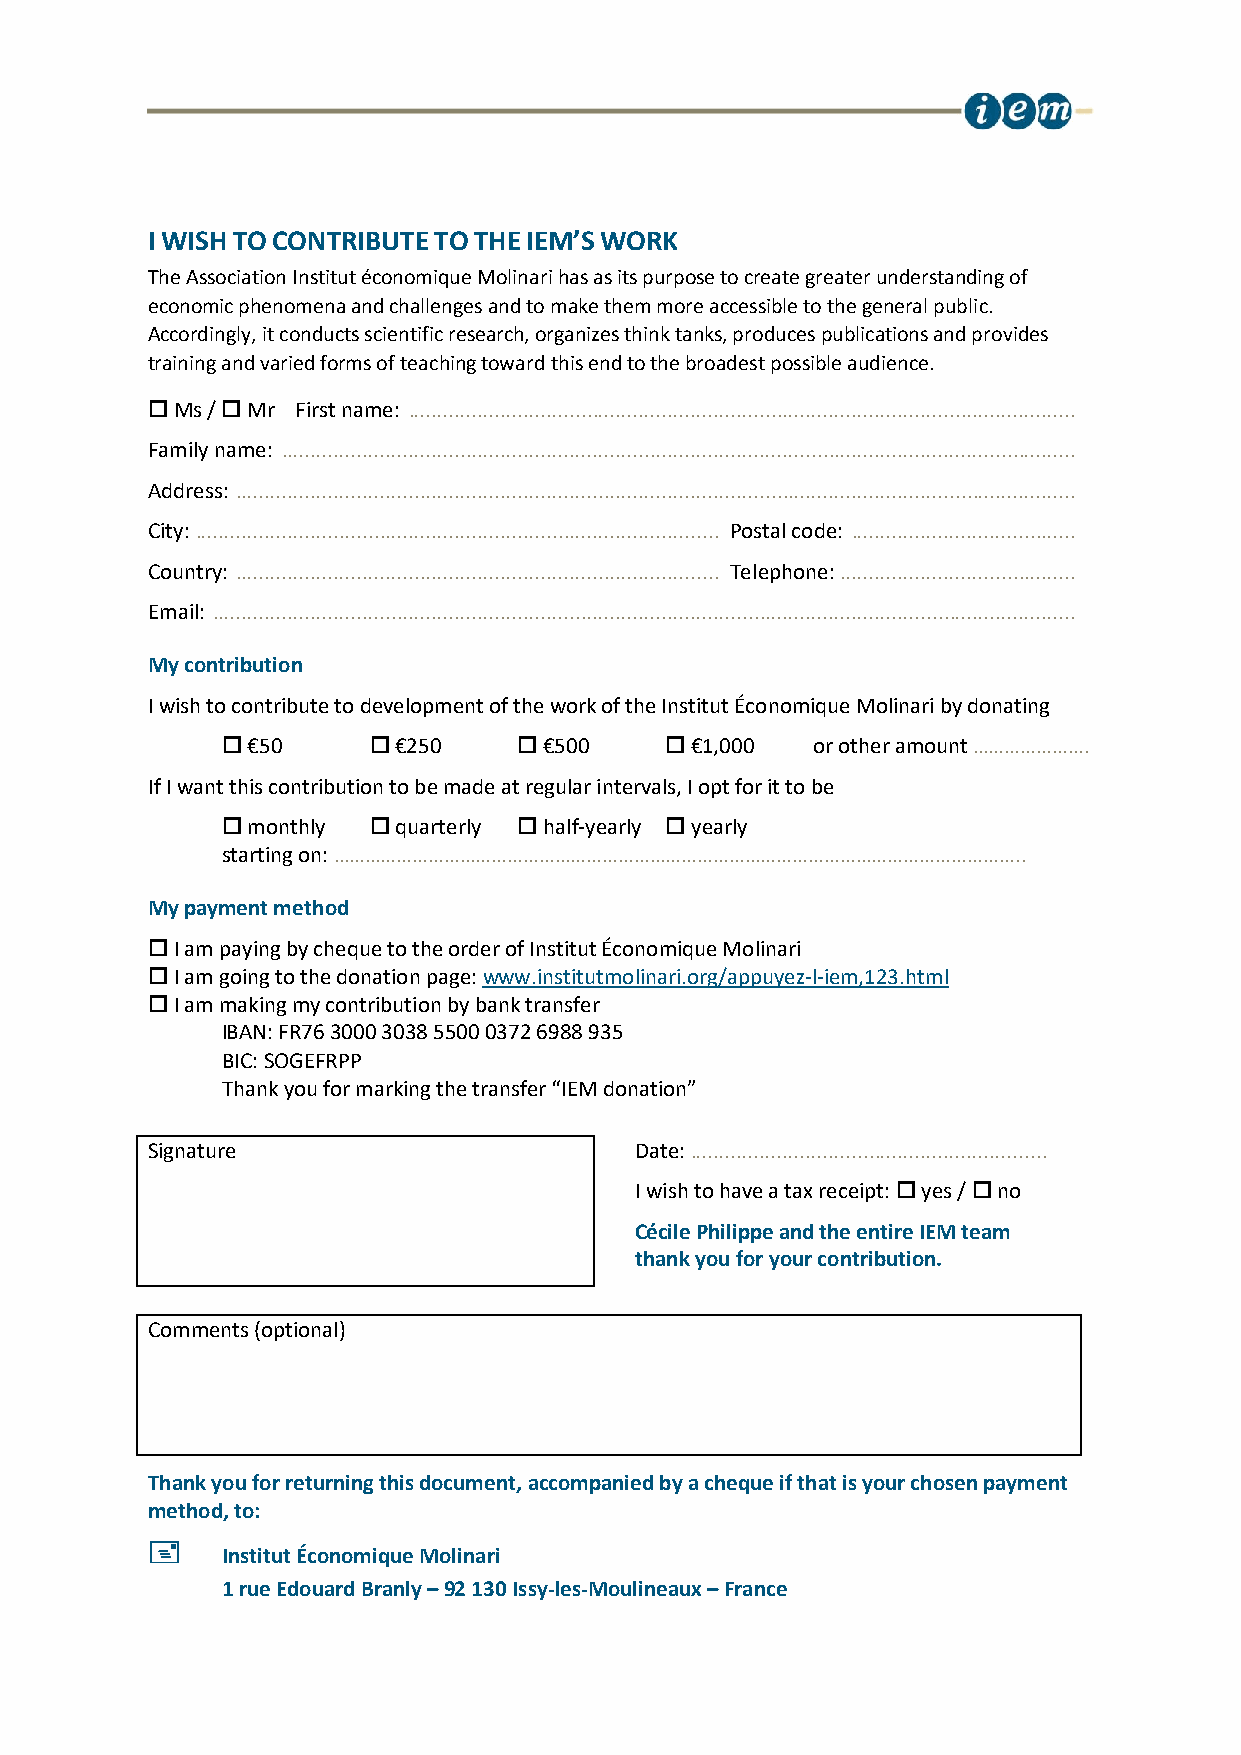
I WISH TO CONTRIBUTE TO THE IEM’S WORK
 The Association Institut économique Molinari has as its purpose to create greater understanding of
 economic phenomena and challenges and to make them more accessible to the general public.
 Accordingly, it conducts scientific research, organizes think tanks, produces publications and provides
 training and varied forms of teaching toward this end to the broadest possible audience.
  Ms /  Mr First name: ....................................................................................................................
 Family name: ..........................................................................................................................................
 Address: ..................................................................................................................................................
 City: ........................................................................................... Postal code: .......................................
 Country: .................................................................................... Telephone: .........................................
 Email: ......................................................................................................................................................
 My contribution
 I wish to contribute to development of the work of the Institut Économique Molinari by donating
  €50     €250     €500     €1,000  or other amount ………………….
 If I want this contribution to be made at regular intervals, I opt for it to be
  monthly  quarterly  half-yearly  yearly
 starting on: …………………………………………………………………………………………………………………..
 My payment method
  I am paying by cheque to the order of Institut Économique Molinari
  I am going to the donation page: www.institutmolinari.org/appuyez-l-iem,123.html
  I am making my contribution by bank transfer
 IBAN: FR76 3000 3038 5500 0372 6988 935
 BIC: SOGEFRPP
 Thank you for marking the transfer “IEM donation”
 Signature                       Date: ..............................................................
 I wish to have a tax receipt:  yes /  no
 Cécile Philippe and the entire IEM team
 thank you for your contribution.
 Comments (optional)
 Thank you for returning this document, accompanied by a cheque if that is your chosen payment
 method, to:
     Institut Économique Molinari
 1 rue Edouard Branly – 92 130 Issy-les-Moulineaux – France